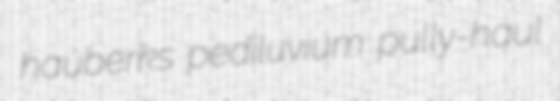
hauberks pediluvium pully-haul